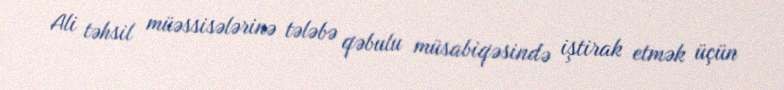
Ali təhsil müəssisələrinə tələbə qəbulu müsabiqəsində iştirak etmək üçün